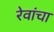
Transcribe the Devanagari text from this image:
रेवांचा